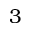
3